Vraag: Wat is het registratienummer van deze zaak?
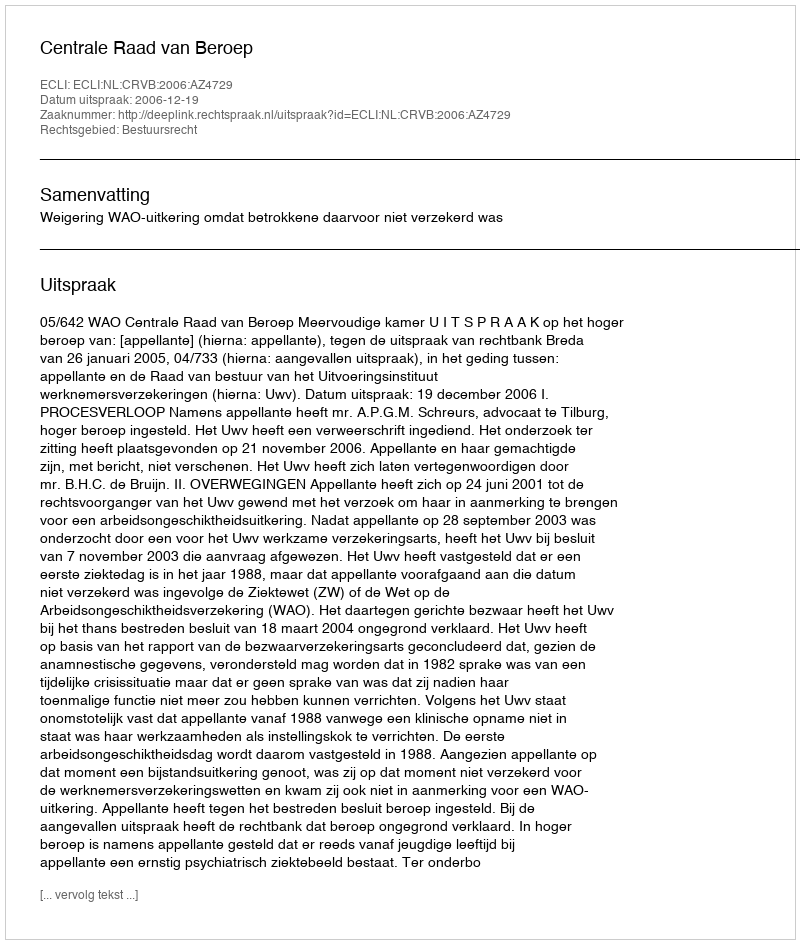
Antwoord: http://deeplink.rechtspraak.nl/uitspraak?id=ECLI:NL:CRVB:2006:AZ4729